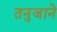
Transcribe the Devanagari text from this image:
तनुजाने